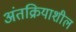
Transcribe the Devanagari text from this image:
अंतक्रियाशील